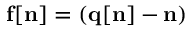
{ \bf f [ n ] } = ( { \bf q } { \bf [ n ] - n ) }